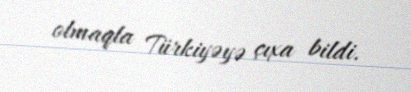
olmaqla Türkiyəyə çıxa bildi.